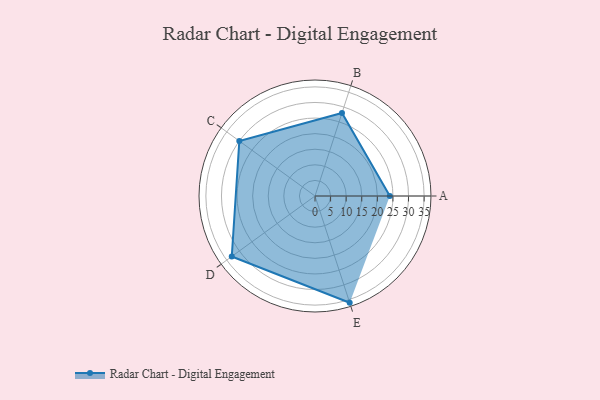
{"axis": {"x": "Skill", "y": "Score"}, "legend": ["Profile"], "data": [{"x": "A", "y": 24.0, "type": "Profile"}, {"x": "B", "y": 28.0, "type": "Profile"}, {"x": "C", "y": 30.0, "type": "Profile"}, {"x": "D", "y": 33.0, "type": "Profile"}, {"x": "E", "y": 36.0, "type": "Profile"}]}